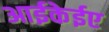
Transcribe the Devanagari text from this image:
आईकेईए